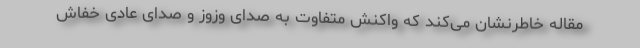
مقاله خاطرنشان می‌کند که واکنش متفاوت به صدای وزوز و صدای عادی خفاش